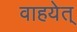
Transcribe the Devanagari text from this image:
वाहयेत्